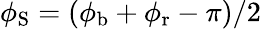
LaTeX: \phi_{\mathrm{S}}=(\phi_{\mathrm{b}}+\phi_{\mathrm{r}}-\pi)/2